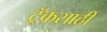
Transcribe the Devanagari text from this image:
ट्रॅकसाठी